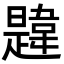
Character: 韙